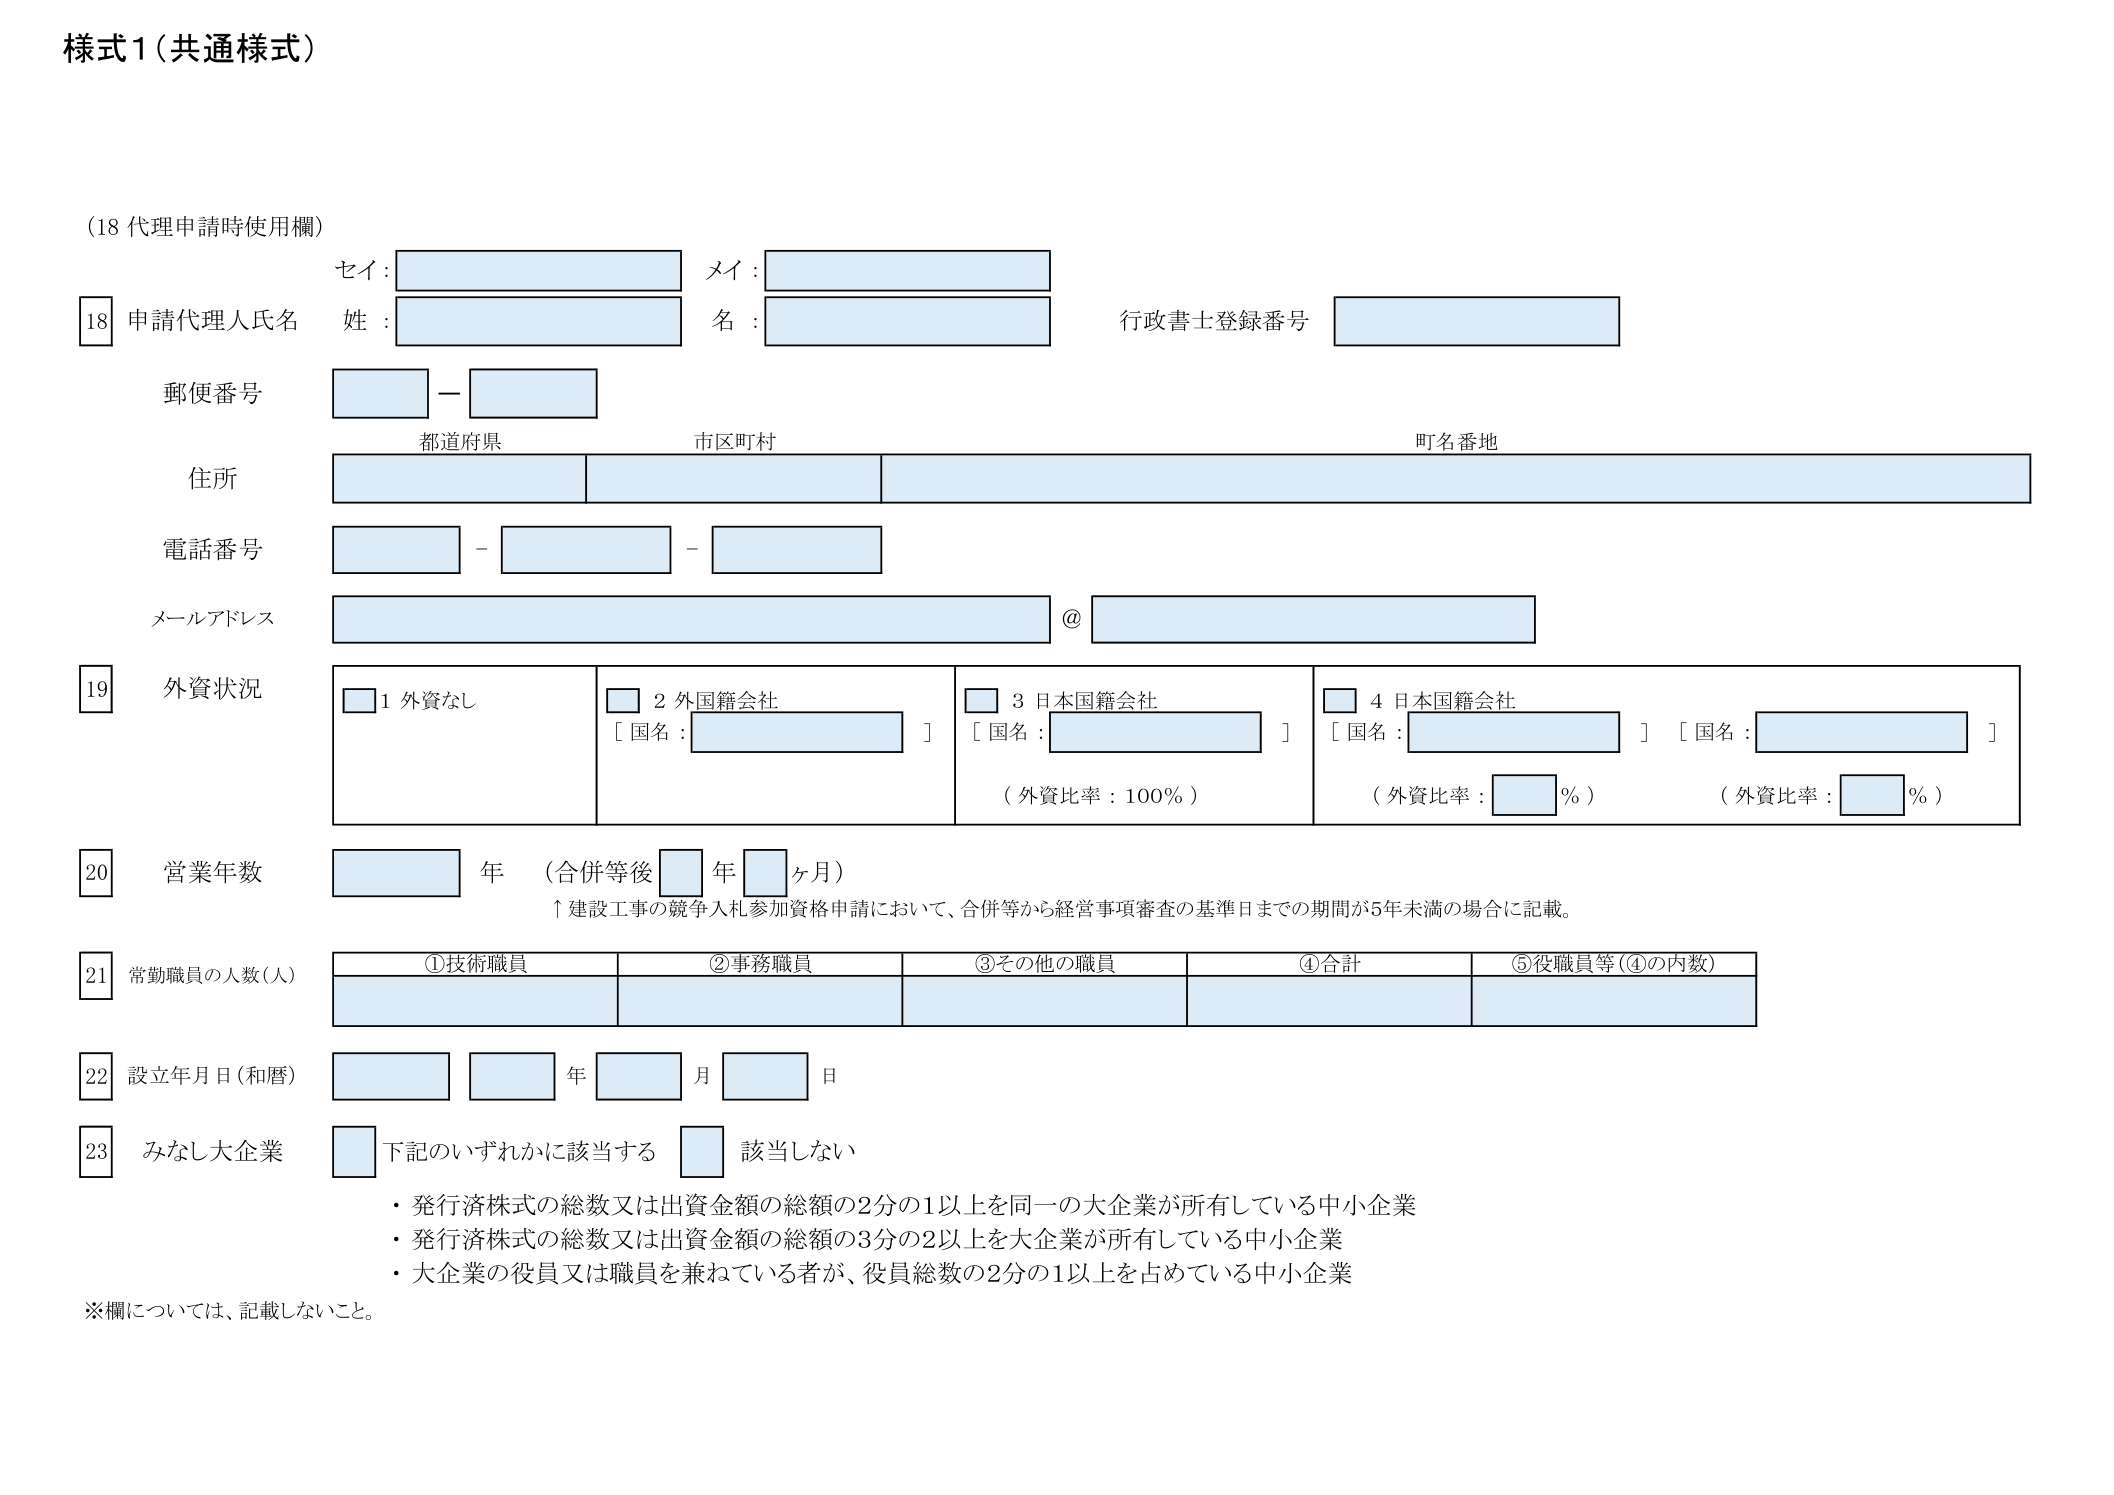
様式1（共通様式）

（18 代理申請時使用欄）

18 申請代理人氏名
セイ：
姓：
メイ：
名：
行政書士登録番号

郵便番号
都道府県
市区町村
町名番地

住所

電話番号

メールアドレス
@

19 外資状況
□ 1 外資なし
□ 2 外国籍会社
［国名：　　　　　　　］
□ 3 日本国籍会社
［国名：　　　　　　　］
（外資比率：100％）
□ 4 日本国籍会社
［国名：　　　　　　　］［国名：　　　　　　　］
（外資比率：　　％）（外資比率：　　％）

20 営業年数
　　　年（合併等後　　年　　ヶ月）
↑建設工事の競争入札参加資格申請において、合併等から経営事項審査の基準日までの期間が5年未満の場合に記載。

21 常勤職員の人数（人）
①技術職員　②事務職員　③その他の職員　④合計　⑤役職員等（④の内数）

22 設立年月日（和暦）
　　　年　　月　　日

23 みなし大企業
□ 下記のいずれかに該当する　□ 該当しない
・発行済株式の総数又は出資金額の総額の2分の1以上を同一の大企業が所有している中小企業
・発行済株式の総数又は出資金額の総額の3分の2以上を大企業が所有している中小企業
・大企業の役員又は職員を兼ねている者が、役員総数の2分の1以上を占めている中小企業

※欄については、記載しないこと。